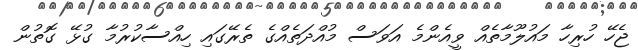
ޖެހޭ ހުރިހާ މައުލޫމާތެއް ވީއެންމެ އަވަސް މުއްދަތެއްގެ ތެރޭގައި ހިއްސާކުރުމާ ގުޅޭ ގޮތުން